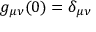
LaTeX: g _ { \mu \nu } ( 0 ) = \delta _ { \mu \nu }